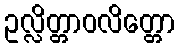
ဥလ္လိတ္တာဝလိတ္တော